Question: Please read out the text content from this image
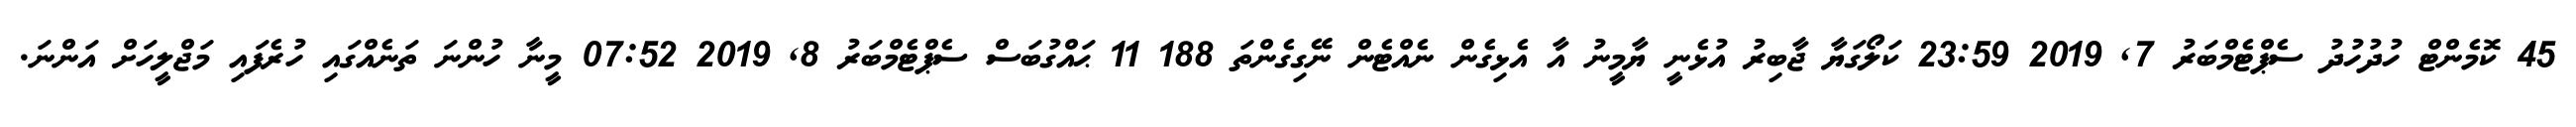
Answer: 45 ކޮމެންޓް ހުދުހުދު ސެޕްޓެމްބަރު 7, 2019 23:59 ކަލޯގަޔާ ޖާބިރު އުޅެނީ ޔާމީނު އާ އެޅިގެން ނެއްޓެން ނޭގިގެންތަ 188 11 ޙައްގުބަސް ސެޕްޓެމްބަރު 8, 2019 07:52 މީނާ ހުންނަ ތަނެއްގައި ހުރެފައި މަޖްލީހަށް އަންނަ.